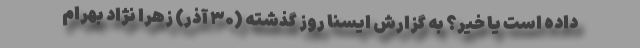
داده است یا خیر؟ به گزارش ایسنا روز گذشته (۳۰ آذر) زهرا نژاد بهرام